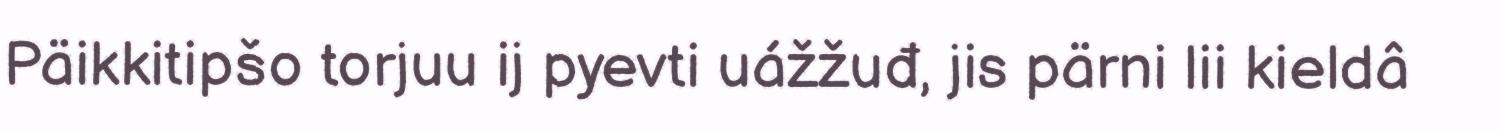
Päikkitipšo torjuu ij pyevti uážžuđ, jis pärni lii kieldâ